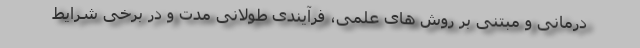
درمانی و مبتنی بر روش های علمی، فرآیندی طولانی مدت و در برخی شرایط